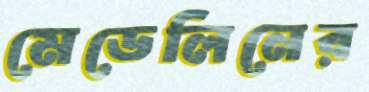
মেডেলিনের